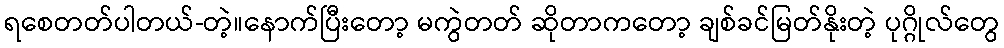
ရစေတတ်ပါတယ်-တဲ့။နောက်ပြီးတော့ မကွဲတတ် ဆိုတာကတော့ ချစ်ခင်မြတ်နိုးတဲ့ ပုဂ္ဂိုလ်တွေ